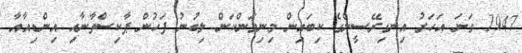
1947 ވަނަ އަހަރު އިނގިރޭސީންގެ ކިބައިން މިނިވަންކަން ލިބުނު ފަހުން ޕާކިސްތާނާއި އިންޑިއާއާ